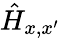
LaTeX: {\hat{H}}_{x,x^{\prime}}